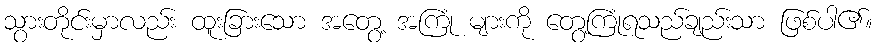
သွားတိုင်းမှာလည်း ထူးခြားသော အတွေ့ အကြုံ များကို တွေ့ကြုံရသည်ချည်းသာ ဖြစ်ပါ၏။